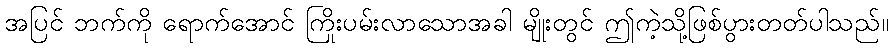
အပြင် ဘက်ကို ရောက်အောင် ကြိုးပမ်းလာသောအခါ မျိုးတွင် ဤကဲ့သို့ဖြစ်ပွားတတ်ပါသည်။